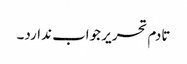
تادم تحریر جواب ندارد۔